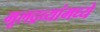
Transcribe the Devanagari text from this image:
मूलद्रव्यांमध्ये